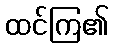
ထင်ကြ၏